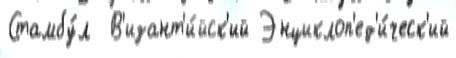
Стамбу́л  В'изант'и́йск'ий Энциклоп'ед'и́ческ'ий